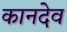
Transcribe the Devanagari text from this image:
कानदेव